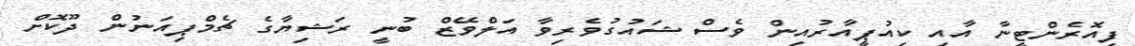
ފިއޮރެންޓީނާ އާއި ކިއުޕީއާރުއިން ވެސް ޝައުގުވެރިވާ އަލްވޭޒް ބުނީ ރަޝިޔާގެ ޗެމްޕިއަނުން ދޫކޮށް